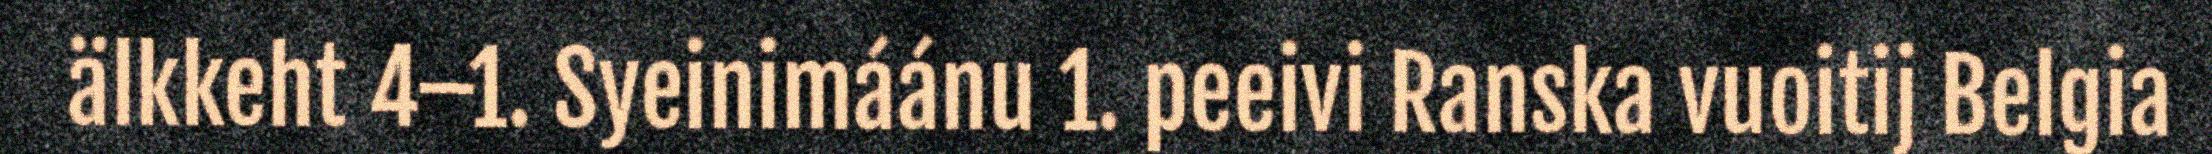
älkkeht 4–1. Syeinimáánu 1. peeivi Ranska vuoitij Belgia